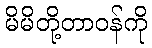
မိမိတို့တာဝန်ကို